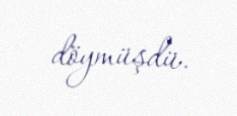
döymüşdü.